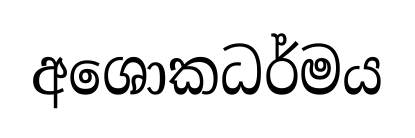
අශොකධර්මය